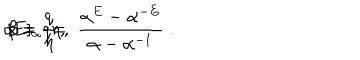
LaTeX: \alpha = \frac q \eta \, , \hspace { 1 c m } \beta = q \eta \, , \hspace { 1 . 5 c m } [ E ] _ { \alpha } \; = \; \frac { \alpha ^ { E } - \alpha ^ { - E } } { \alpha - \alpha ^ { - 1 } } \; .